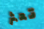
تعثر